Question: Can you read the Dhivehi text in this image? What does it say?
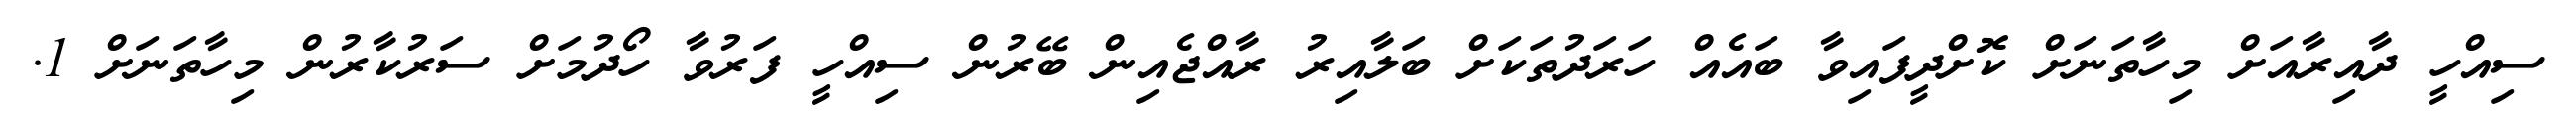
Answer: ސިއްހީ ދާއިރާއަށް މިހާތަނަށް ކޮށްދީފައިވާ ބައެއް ހަރަދުތަކަށް ބަލާއިރު ރާއްޖެއިން ބޭރުން ސިއްހީ ފަރުވާ ހޯދުމަށް ސަރުކާރުން މިހާތަނަށް 1.